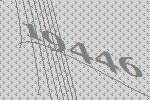
19446